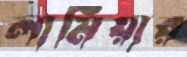
লামিয়ার